Eesti_Noorsoo_Kasvatuse_Selts, lk 4
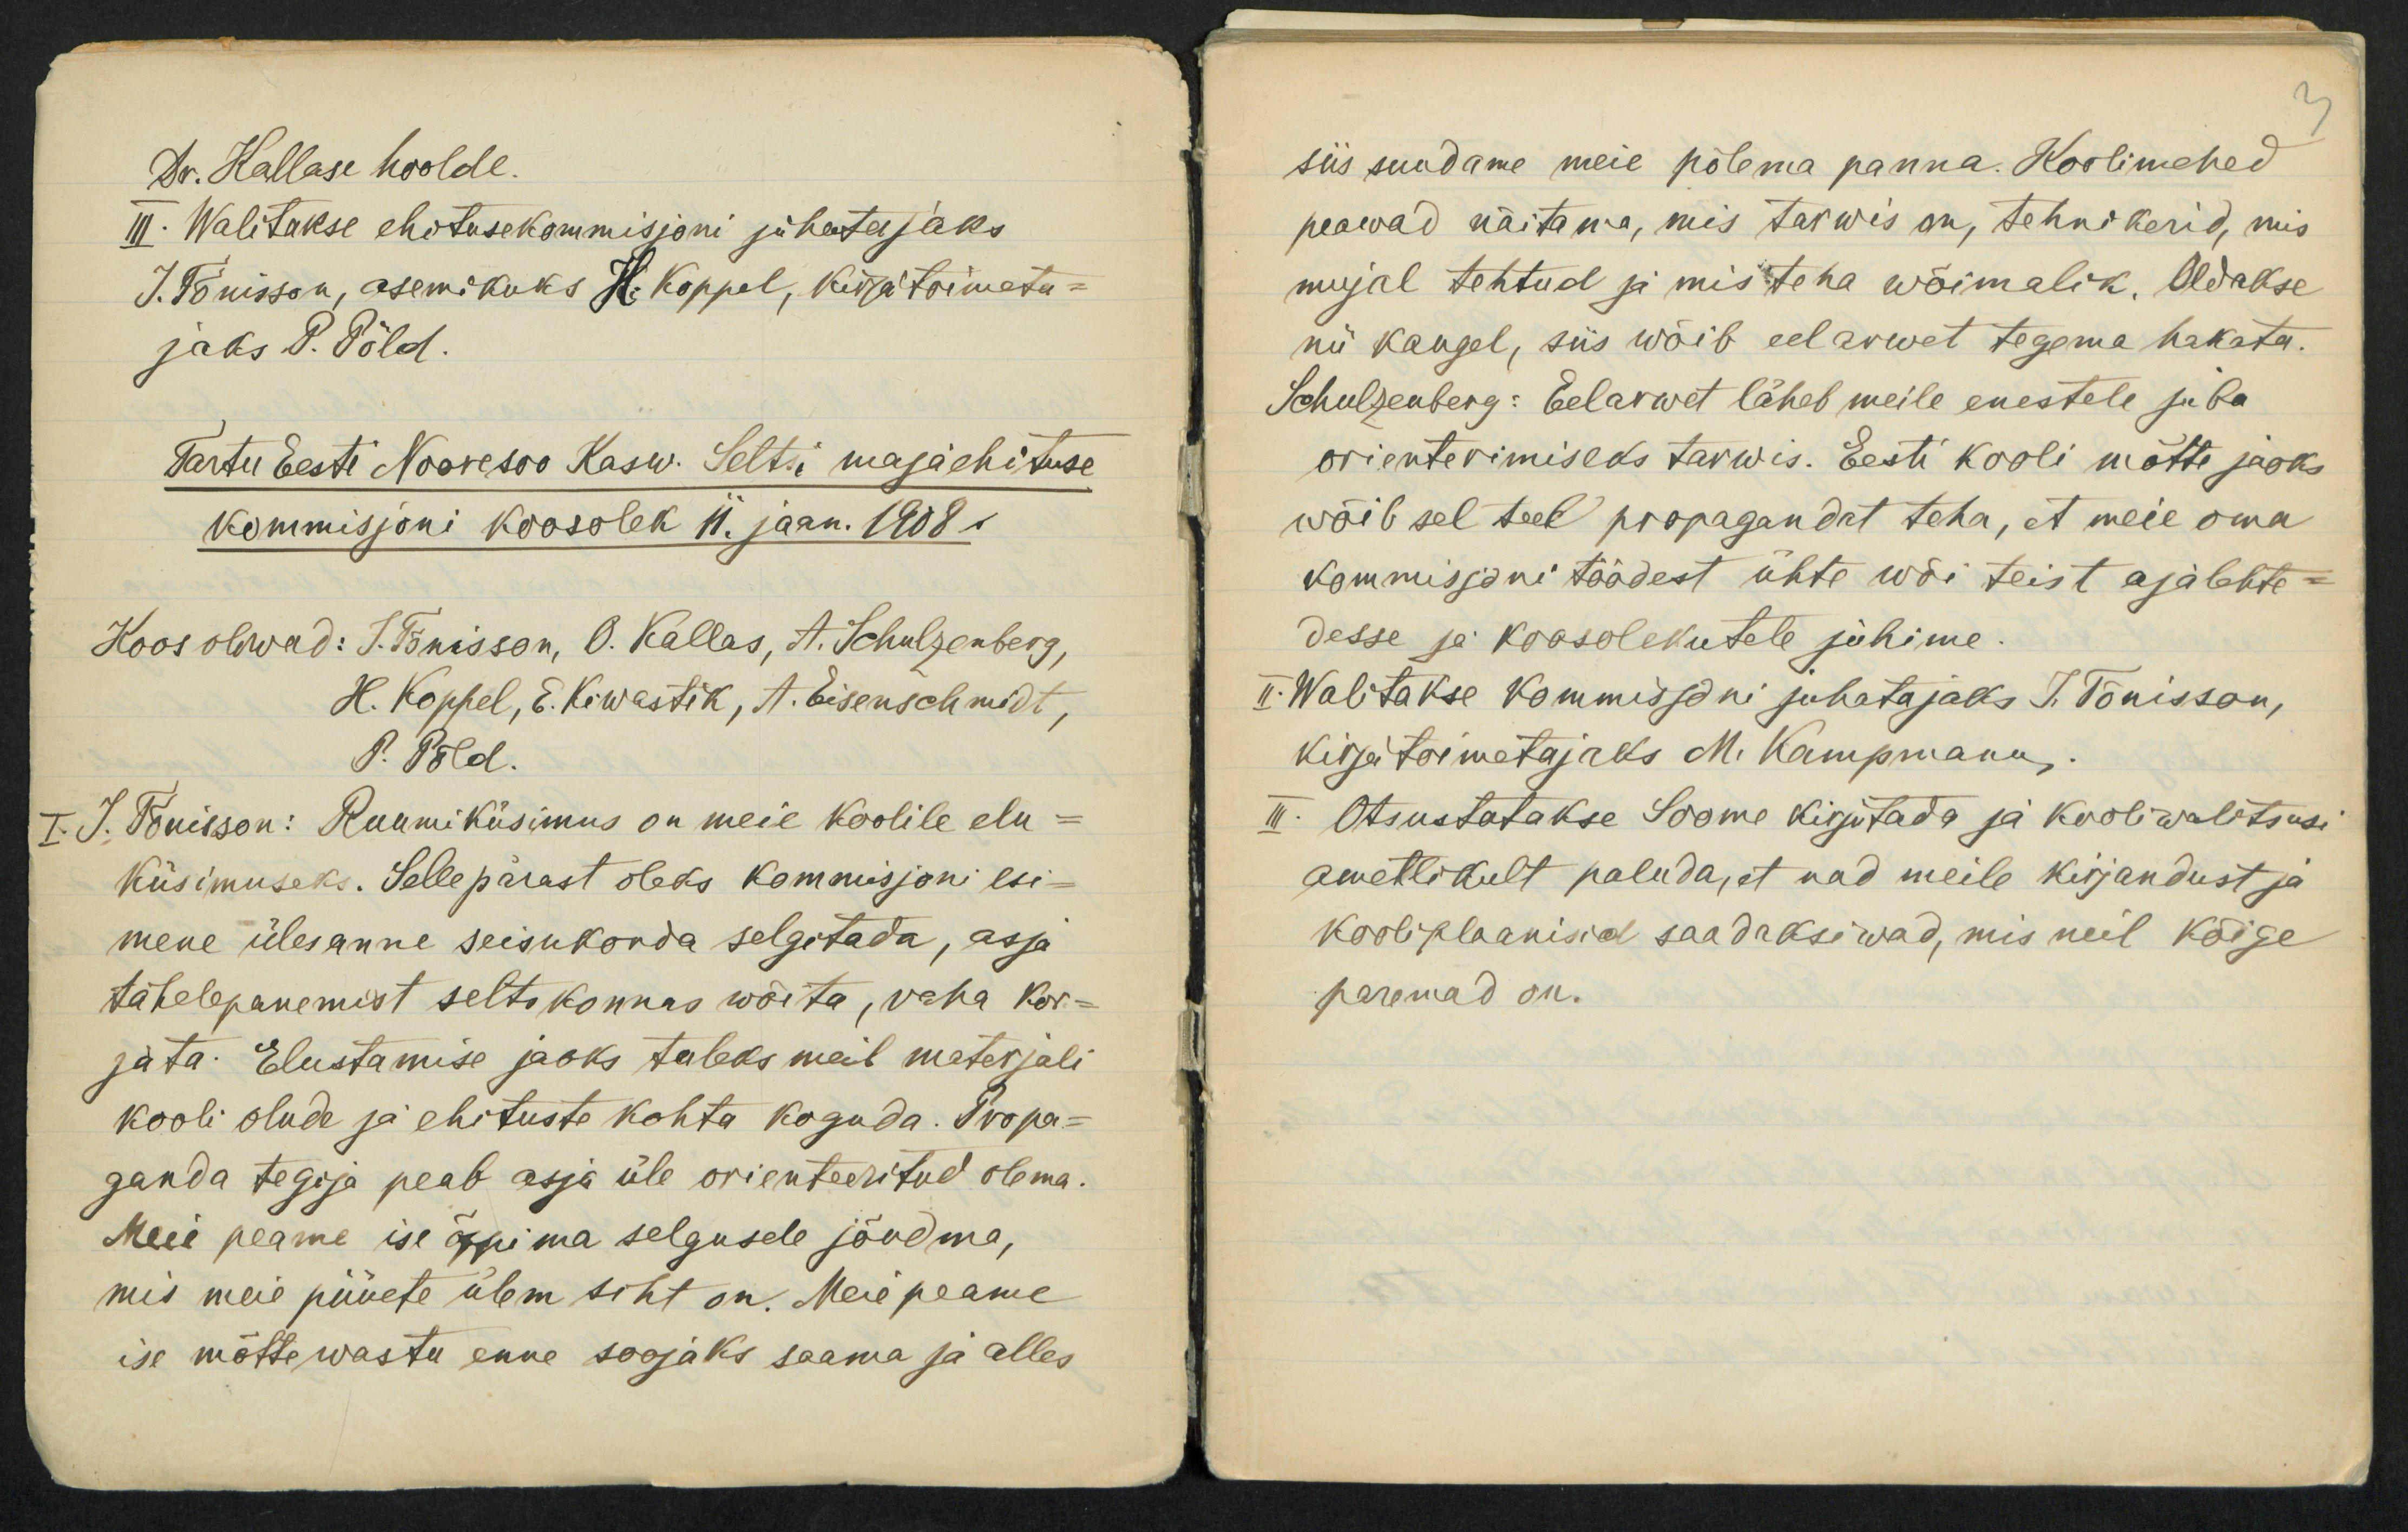
Dr. Kallase hoolde.
III. Walitakse ehitusekommisjoni juhatajaks
J. Tõnisson, asemikuks H. Koppel, kirjatoimeta-
jaks P. Põld.
Tartu Eesti Nooresoo Kasw. Seltsi majaehituse
kommisjoni koosolek 11. jaan. 1908.
Koos oliwad: J. Tõnisson, O. Kallas, A. Schulzenberg,
H. Koppel, E. Kiwastik, A. Eisenschmidt,
P. Põld.
I. J. Tõnisson: Ruumiküsimus on meie koolile elu-
küsimuseks. Sellepärast oleks kommisjoni esi-
mene ülesanne seisukorda selgitada, asja
tähelepanemist seltskonnas wõita, raha kor-
jata. Elustamise jaoks tuleks meil materjali
kooli olude ja ehituste kohta koguda. Propa-
ganda tegija peab asja üle orienteeritud olema.
Meie peame ise õppima selgusele jõudma,
mis meie püüete ülem siht on. Meie peame
ise mõtte wastu enne soojaks saama ja alles

siis suudame meie põlema panna. Koolimehed
peawad näitama, mis tarwis on, tehnikerid, mis
mujal tehtud ja mis teha wõimalik. Oldakse
nii kaugel, siis wõib eelarwet tegema hakata.
Schulzenberg: Eelarwet läheb meile enestele juba
orienterimiseks tarwis. Eesti kooli mõtte jaoks
wõib sel teel propagandat teha, et meie oma
kommisjoni töödest ühte wõi teist ajalehte-
desse ja koosolekutele juhime.
II. Walitakse kommisjoni juhatajaks J. Tõnisson,
kirjatoimetajaks M. Kampmann.
III. Otsustatakse Soome kirjutada ja kooliwalitsusi
ametlikult paluda, et nad meile kirjandust ja
kooliplaanisid saadaksiwad, mis neil kõige
paremad on.